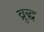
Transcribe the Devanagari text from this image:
व्रुद्ध